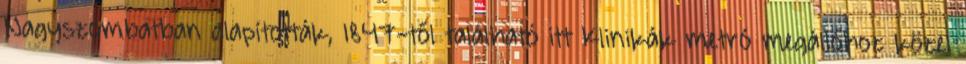
Nagyszombatban alapították, 1847-től található itt Klinikák metró megállóhoz közel